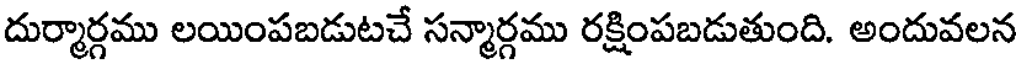
దుర్మార్గము లయింపబడుటచే సన్మార్గము రక్షింపబడుతుంది. అందువలన